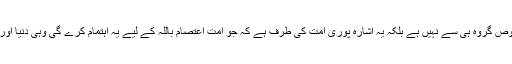
وَاُولٰئکَ ھُمُ الْمُفْلِحُوْنَ کا تعلق صرف اس مخصوص گروہ ہی سے نہیں ہے بلکہ یہ اشارہ پوری امت کی طرف ہے کہ جو امت اعتصام باللہ کے لیے یہ اہتمام کرے گی وہی دنیا اور آخرت میں فلاح حاصل کرنے والی بنے گی۔